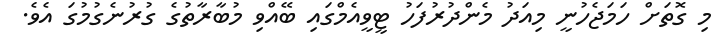
މި ގޮތަށް ހަމަޖެހުނީ މިއަދު މެންދުރުފަހު ޓީވީއެމްގައި ބޭއްވި މުބާރާތުގެ ގުރުނެގުމުގަ އެވެ.